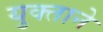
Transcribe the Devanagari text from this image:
युक्ताने